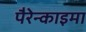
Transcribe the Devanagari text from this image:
पैरेन्काइमा